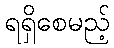
ရရှိစေမည့်